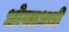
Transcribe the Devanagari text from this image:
धोखाधाड़ी